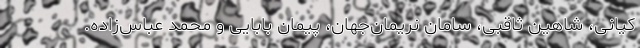
کیانی، شاهین ثاقبی، سامان نریمان‌جهان، پیمان بابایی و محمد عباس‌زاده.